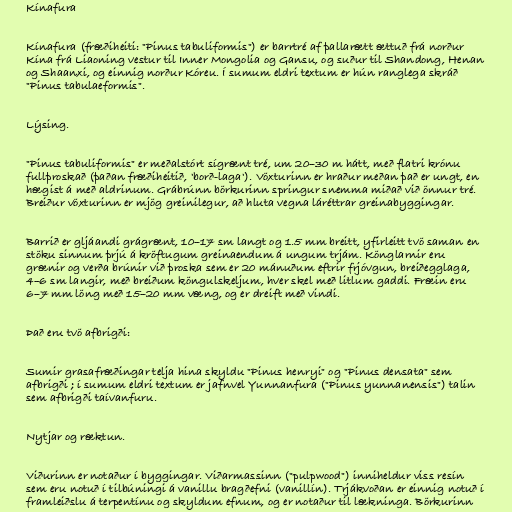
Kínafura

Kínafura (fræðiheiti: "Pinus tabuliformis") er barrtré af þallarætt ættuð frá norður
Kína frá Liaoning vestur til Inner Mongolia og Gansu, og suður til Shandong, Henan
og Shaanxi, og einnig norður Kóreu. Í sumum eldri textum er hún ranglega skráð
"Pinus tabulaeformis".

Lýsing.

"Pinus tabuliformis" er meðalstórt sígrænt tré, um 20–30 m hátt, með flatri krónu
fullþroskað (þaðan fræðiheitið, 'borð-laga'). Vöxturinn er hraður meðan það er ungt, en
hægist á með aldrinum. Grábrúnn börkurinn springur snemma miðað við önnur tré.
Breiður vöxturinn er mjög greinilegur, að hluta vegna láréttrar greinabyggingar.

Barrið er gljáandi grágrænt, 10–17 sm langt og 1.5 mm breitt, yfirleitt tvö saman en
stöku sinnum þrjú á kröftugum greinaendum á ungum trjám. Könglarnir eru
grænir og verða brúnir við þroska sem er 20 mánuðum eftrir frjóvgun, breiðegglaga,
4–6 sm langir, með breiðum köngulskeljum, hver skel með litlum gaddi. Fræin eru
6–7 mm löng með 15–20 mm væng, og er dreift með vindi.

Það eru tvö afbrigði:

Sumir grasafræðingar telja hina skyldu "Pinus henryi" og "Pinus densata" sem
afbrigði ; í sumum eldri textum er jafnvel Yunnanfura ("Pinus yunnanensis") talin
sem afbrigði taívanfuru.

Nytjar og ræktun.

Viðurinn er notaður í byggingar. Viðarmassinn ("pulpwood") inniheldur viss resín
sem eru notuð í tilbúningi á vanillu bragðefni (vanillín). Trjákvoðan er einnig notuð í
framleiðslu á terpentínu og skyldum efnum, og er notaður til lækninga. Börkurinn